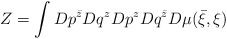
\begin{align*}Z=\int Dp^{\bar z} Dq^z Dp^z Dq^{\bar z} D\mu({\bar\xi},\xi)\end{align*}